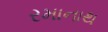
રમાનાથ